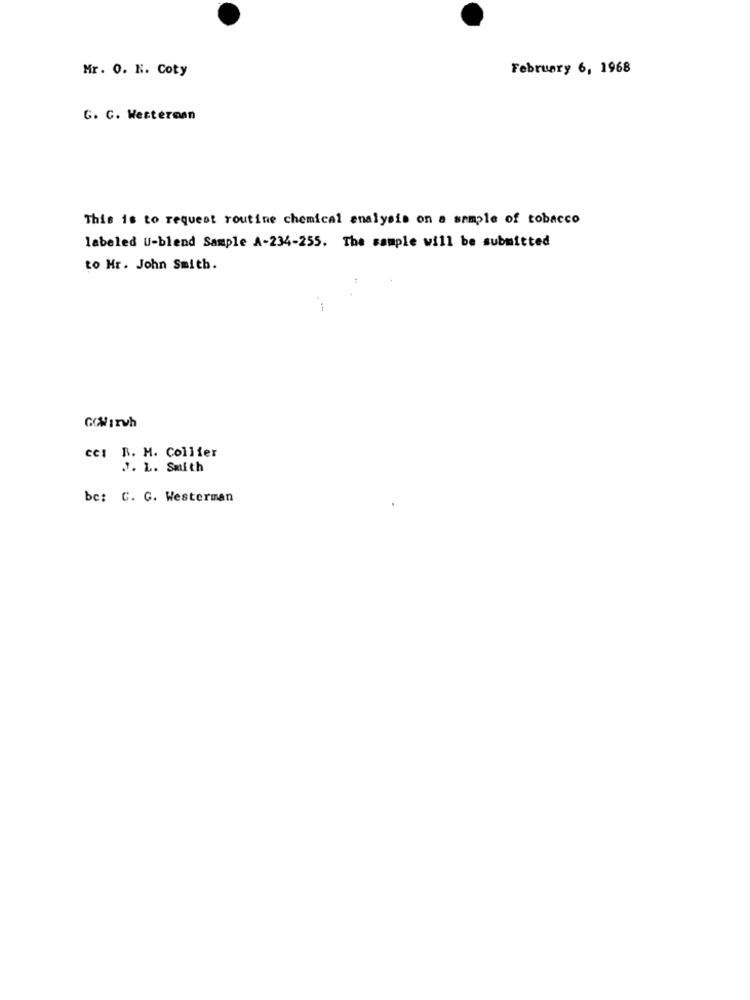
Mr. 0. N. Coty
February 6, 1968
G. C. Westerman
This is to request routine chemical analysis on a sample of tobacco
labeled U-blend Sample A-234-255. The sample will be submitted
to Mr. John Smith.
cc: R. M. Collier
J. L. Smith
be: C. G. Westerman